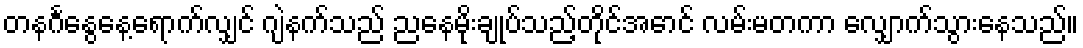
တနင်္ဂနွေနေ့ရောက်လျှင် ဂျဲနက်သည် ညနေမိုးချုပ်သည့်တိုင်အောင် လမ်းမတကာ လျှောက်သွားနေသည်။